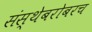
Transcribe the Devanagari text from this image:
संस्थेबरोबरच